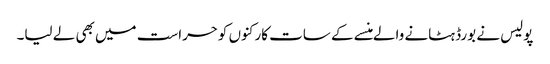
پولیس نے بورڈ ہٹانے والے منسے کے سات کارکنوں کوحراست میں بھی لے لیا۔